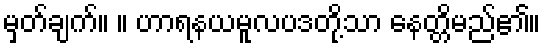
မှတ်ချက်။ ။ ဟာရနယမူလပဒတို့သာ နေတ္တိမည်၏။